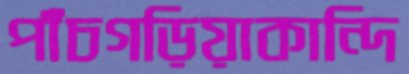
পাঁচগড়িয়াকান্দি